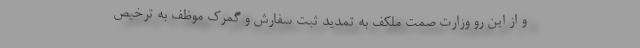
و از این رو وزارت صمت ملکف به تمدید ثبت سفارش و گمرک موظف به ترخیص